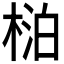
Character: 𬃍